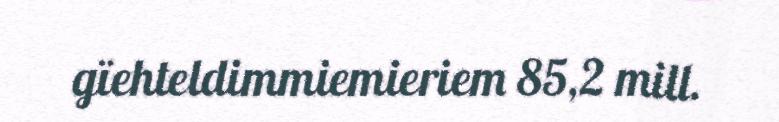
gïehteldimmiemieriem 85,2 mill.